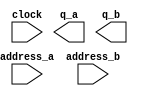
// megafunction wizard: %ROM: 2-PORT%VBB%
// GENERATION: STANDARD
// VERSION: WM1.0
// MODULE: altsyncram 

// ============================================================
// Megafunction Name(s):
// 			altsyncram
//
// Simulation Library Files(s):
// 			altera_mf
// ============================================================
// ************************************************************
// THIS IS A WIZARD-GENERATED FILE. DO NOT EDIT THIS FILE!
//
// 10.1 Build 197 01/19/2011 SP 1 SJ Full Version
// ************************************************************

//Copyright (C) 1991-2011 Altera Corporation
//Your use of Altera Corporation's design tools, logic functions 
//and other software and tools, and its AMPP partner logic 
//functions, and any output files from any of the foregoing 
//(including device programming or simulation files), and any 
//associated documentation or information are expressly subject 
//to the terms and conditions of the Altera Program License 
//Subscription Agreement, Altera MegaCore Function License 
//Agreement, or other applicable license agreement, including, 
//without limitation, that your use is for the sole purpose of 
//programming logic devices manufactured by Altera and sold by 
//Altera or its authorized distributors.  Please refer to the 
//applicable agreement for further details.

module cm_rom_shared (
	address_a,
	address_b,
	clock,
	q_a,
	q_b);

	input	[8:0]  address_a;
	input	[8:0]  address_b;
	input	  clock;
	output	[3:0]  q_a;
	output	[3:0]  q_b;
`ifndef ALTERA_RESERVED_QIS
// synopsys translate_off
`endif
	tri1	  clock;
`ifndef ALTERA_RESERVED_QIS
// synopsys translate_on
`endif

endmodule

// ============================================================
// CNX file retrieval info
// ============================================================
// Retrieval info: PRIVATE: ADDRESSSTALL_A NUMERIC "0"
// Retrieval info: PRIVATE: ADDRESSSTALL_B NUMERIC "0"
// Retrieval info: PRIVATE: BYTEENA_ACLR_A NUMERIC "0"
// Retrieval info: PRIVATE: BYTEENA_ACLR_B NUMERIC "0"
// Retrieval info: PRIVATE: BYTE_ENABLE_A NUMERIC "0"
// Retrieval info: PRIVATE: BYTE_ENABLE_B NUMERIC "0"
// Retrieval info: PRIVATE: BYTE_SIZE NUMERIC "1"
// Retrieval info: PRIVATE: BlankMemory NUMERIC "0"
// Retrieval info: PRIVATE: CLOCK_ENABLE_INPUT_A NUMERIC "0"
// Retrieval info: PRIVATE: CLOCK_ENABLE_INPUT_B NUMERIC "0"
// Retrieval info: PRIVATE: CLOCK_ENABLE_OUTPUT_A NUMERIC "0"
// Retrieval info: PRIVATE: CLOCK_ENABLE_OUTPUT_B NUMERIC "0"
// Retrieval info: PRIVATE: CLRdata NUMERIC "0"
// Retrieval info: PRIVATE: CLRq NUMERIC "0"
// Retrieval info: PRIVATE: CLRrdaddress NUMERIC "0"
// Retrieval info: PRIVATE: CLRrren NUMERIC "0"
// Retrieval info: PRIVATE: CLRwraddress NUMERIC "0"
// Retrieval info: PRIVATE: CLRwren NUMERIC "0"
// Retrieval info: PRIVATE: Clock NUMERIC "0"
// Retrieval info: PRIVATE: Clock_A NUMERIC "0"
// Retrieval info: PRIVATE: Clock_B NUMERIC "0"
// Retrieval info: PRIVATE: ECC NUMERIC "0"
// Retrieval info: PRIVATE: IMPLEMENT_IN_LES NUMERIC "0"
// Retrieval info: PRIVATE: INDATA_ACLR_B NUMERIC "0"
// Retrieval info: PRIVATE: INDATA_REG_B NUMERIC "1"
// Retrieval info: PRIVATE: INIT_FILE_LAYOUT STRING "PORT_A"
// Retrieval info: PRIVATE: INIT_TO_SIM_X NUMERIC "0"
// Retrieval info: PRIVATE: INTENDED_DEVICE_FAMILY STRING "Stratix IV"
// Retrieval info: PRIVATE: JTAG_ENABLED NUMERIC "0"
// Retrieval info: PRIVATE: JTAG_ID STRING "NONE"
// Retrieval info: PRIVATE: MAXIMUM_DEPTH NUMERIC "0"
// Retrieval info: PRIVATE: MEMSIZE NUMERIC "2048"
// Retrieval info: PRIVATE: MEM_IN_BITS NUMERIC "0"
// Retrieval info: PRIVATE: MIFfilename STRING "./sources_ngnp_multicore/src/output_CM_final.mif"
// Retrieval info: PRIVATE: OPERATION_MODE NUMERIC "3"
// Retrieval info: PRIVATE: OUTDATA_ACLR_B NUMERIC "0"
// Retrieval info: PRIVATE: OUTDATA_REG_B NUMERIC "0"
// Retrieval info: PRIVATE: RAM_BLOCK_TYPE NUMERIC "0"
// Retrieval info: PRIVATE: READ_DURING_WRITE_MODE_MIXED_PORTS NUMERIC "2"
// Retrieval info: PRIVATE: REGdata NUMERIC "1"
// Retrieval info: PRIVATE: REGq NUMERIC "0"
// Retrieval info: PRIVATE: REGrdaddress NUMERIC "0"
// Retrieval info: PRIVATE: REGrren NUMERIC "0"
// Retrieval info: PRIVATE: REGwraddress NUMERIC "1"
// Retrieval info: PRIVATE: REGwren NUMERIC "1"
// Retrieval info: PRIVATE: SYNTH_WRAPPER_GEN_POSTFIX STRING "0"
// Retrieval info: PRIVATE: USE_DIFF_CLKEN NUMERIC "0"
// Retrieval info: PRIVATE: UseDPRAM NUMERIC "1"
// Retrieval info: PRIVATE: VarWidth NUMERIC "0"
// Retrieval info: PRIVATE: WIDTH_READ_A NUMERIC "4"
// Retrieval info: PRIVATE: WIDTH_READ_B NUMERIC "4"
// Retrieval info: PRIVATE: WIDTH_WRITE_A NUMERIC "4"
// Retrieval info: PRIVATE: WIDTH_WRITE_B NUMERIC "4"
// Retrieval info: PRIVATE: WRADDR_ACLR_B NUMERIC "0"
// Retrieval info: PRIVATE: WRADDR_REG_B NUMERIC "1"
// Retrieval info: PRIVATE: WRCTRL_ACLR_B NUMERIC "0"
// Retrieval info: PRIVATE: enable NUMERIC "0"
// Retrieval info: PRIVATE: rden NUMERIC "0"
// Retrieval info: LIBRARY: altera_mf altera_mf.altera_mf_components.all
// Retrieval info: CONSTANT: ADDRESS_REG_B STRING "CLOCK0"
// Retrieval info: CONSTANT: CLOCK_ENABLE_INPUT_A STRING "BYPASS"
// Retrieval info: CONSTANT: CLOCK_ENABLE_INPUT_B STRING "BYPASS"
// Retrieval info: CONSTANT: CLOCK_ENABLE_OUTPUT_A STRING "BYPASS"
// Retrieval info: CONSTANT: CLOCK_ENABLE_OUTPUT_B STRING "BYPASS"
// Retrieval info: CONSTANT: INDATA_REG_B STRING "CLOCK0"
// Retrieval info: CONSTANT: INIT_FILE STRING "./sources_ngnp_multicore/src/output_CM_final.mif"
// Retrieval info: CONSTANT: INTENDED_DEVICE_FAMILY STRING "Stratix IV"
// Retrieval info: CONSTANT: LPM_TYPE STRING "altsyncram"
// Retrieval info: CONSTANT: NUMWORDS_A NUMERIC "512"
// Retrieval info: CONSTANT: NUMWORDS_B NUMERIC "512"
// Retrieval info: CONSTANT: OPERATION_MODE STRING "BIDIR_DUAL_PORT"
// Retrieval info: CONSTANT: OUTDATA_ACLR_A STRING "NONE"
// Retrieval info: CONSTANT: OUTDATA_ACLR_B STRING "NONE"
// Retrieval info: CONSTANT: OUTDATA_REG_A STRING "UNREGISTERED"
// Retrieval info: CONSTANT: OUTDATA_REG_B STRING "UNREGISTERED"
// Retrieval info: CONSTANT: POWER_UP_UNINITIALIZED STRING "FALSE"
// Retrieval info: CONSTANT: WIDTHAD_A NUMERIC "9"
// Retrieval info: CONSTANT: WIDTHAD_B NUMERIC "9"
// Retrieval info: CONSTANT: WIDTH_A NUMERIC "4"
// Retrieval info: CONSTANT: WIDTH_B NUMERIC "4"
// Retrieval info: CONSTANT: WIDTH_BYTEENA_A NUMERIC "1"
// Retrieval info: CONSTANT: WIDTH_BYTEENA_B NUMERIC "1"
// Retrieval info: CONSTANT: WRCONTROL_WRADDRESS_REG_B STRING "CLOCK0"
// Retrieval info: USED_PORT: address_a 0 0 9 0 INPUT NODEFVAL "address_a[8..0]"
// Retrieval info: USED_PORT: address_b 0 0 9 0 INPUT NODEFVAL "address_b[8..0]"
// Retrieval info: USED_PORT: clock 0 0 0 0 INPUT VCC "clock"
// Retrieval info: USED_PORT: q_a 0 0 4 0 OUTPUT NODEFVAL "q_a[3..0]"
// Retrieval info: USED_PORT: q_b 0 0 4 0 OUTPUT NODEFVAL "q_b[3..0]"
// Retrieval info: CONNECT: @address_a 0 0 9 0 address_a 0 0 9 0
// Retrieval info: CONNECT: @address_b 0 0 9 0 address_b 0 0 9 0
// Retrieval info: CONNECT: @clock0 0 0 0 0 clock 0 0 0 0
// Retrieval info: CONNECT: @data_a 0 0 4 0 GND 0 0 4 0
// Retrieval info: CONNECT: @data_b 0 0 4 0 GND 0 0 4 0
// Retrieval info: CONNECT: @wren_a 0 0 0 0 GND 0 0 0 0
// Retrieval info: CONNECT: @wren_b 0 0 0 0 GND 0 0 0 0
// Retrieval info: CONNECT: q_a 0 0 4 0 @q_a 0 0 4 0
// Retrieval info: CONNECT: q_b 0 0 4 0 @q_b 0 0 4 0
// Retrieval info: GEN_FILE: TYPE_NORMAL cm_rom_shared.v TRUE
// Retrieval info: GEN_FILE: TYPE_NORMAL cm_rom_shared.inc FALSE
// Retrieval info: GEN_FILE: TYPE_NORMAL cm_rom_shared.cmp FALSE
// Retrieval info: GEN_FILE: TYPE_NORMAL cm_rom_shared.bsf FALSE
// Retrieval info: GEN_FILE: TYPE_NORMAL cm_rom_shared_inst.v TRUE
// Retrieval info: GEN_FILE: TYPE_NORMAL cm_rom_shared_bb.v TRUE
// Retrieval info: LIB_FILE: altera_mf